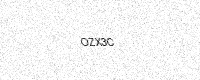
Text: OZX3C